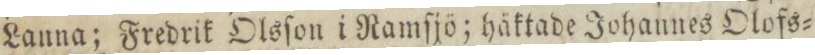
Lanna; Fredrik Olsſon i Ramſjö; häktade Johannes Olofs=